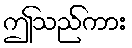
ဤသည်ကား